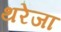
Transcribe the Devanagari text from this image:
थरेजा